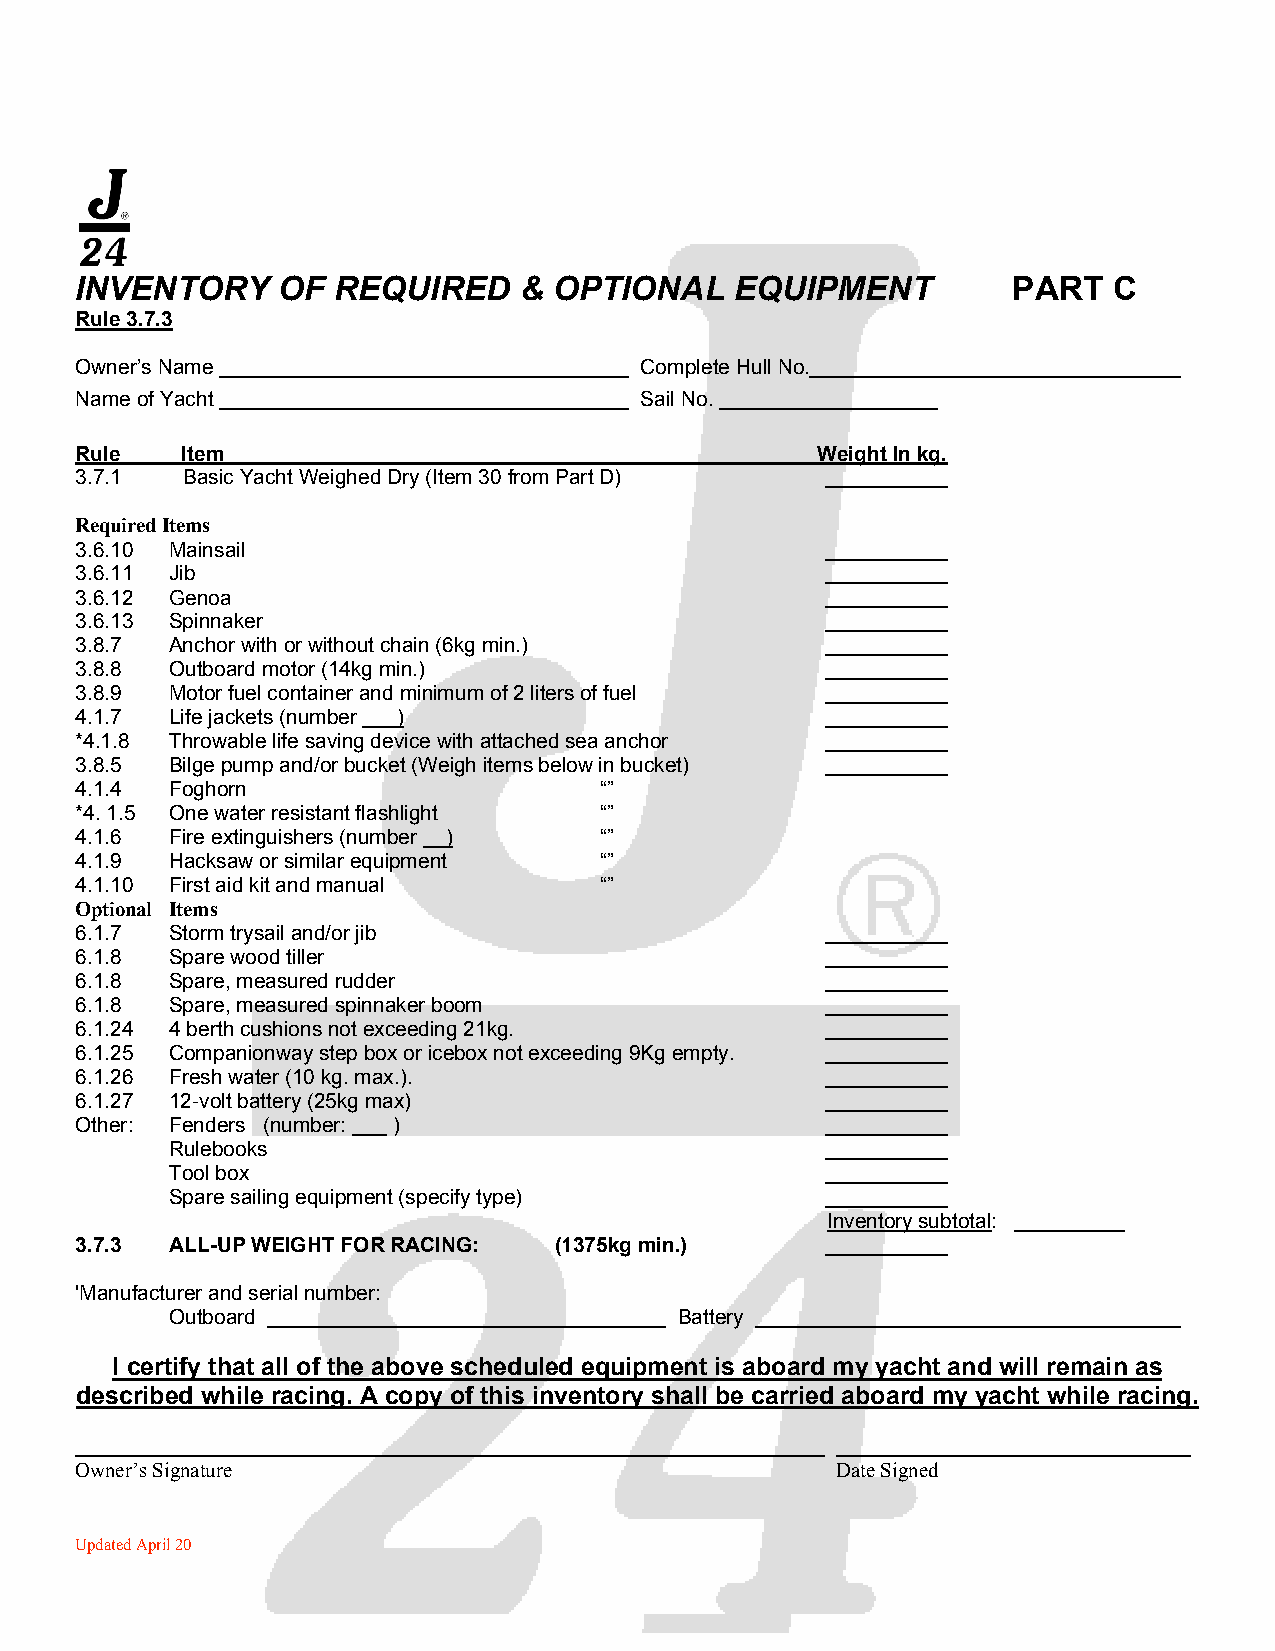
INVENTORY    OF  REQUIRED    &  OPTIONAL    EQUIPMENT         PART   C
 Rule 3.7.3
 Owner’s Name                         Complete Hull No.
 Name of Yacht                        Sail No.
 Rule   Item                                      Weight In kg.
 3.7.1  Basic Yacht Weighed Dry (Item 30 from Part D)
 Required Items
 3.6.10 Mainsail
 3.6.11 Jib
 3.6.12 Genoa
 3.6.13 Spinnaker
 3.8.7 Anchor with or without chain (6kg min.)
 3.8.8 Outboard motor (14kg min.)
 3.8.9 Motor fuel container and minimum of 2 liters of fuel
 4.1.7 Life jackets (number )
 *4.1.8 Throwable life saving device with attached sea anchor
 3.8.5 Bilge pump and/or bucket (Weigh items below in bucket)
 4.1.4 Foghorn                      “”
 *4. 1.5 One water resistant flashlight “”
 4.1.6 Fire extinguishers (number ) “”
 4.1.9 Hacksaw or similar equipment “”
 4.1.10 First aid kit and manual    “”
 Optional Items
 6.1.7 Storm trysail and/or jib
 6.1.8 Spare wood tiller
 6.1.8 Spare, measured rudder
 6.1.8 Spare, measured spinnaker boom
 6.1.24 4 berth cushions not exceeding 21kg.
 6.1.25 Companionway step box or icebox not exceeding 9Kg empty.
 6.1.26 Fresh water (10 kg. max.).
 6.1.27 12-volt battery (25kg max)
 Other: Fenders (number: )
 Rulebooks
 Tool box
 Spare sailing equipment (specify type)
 Inventory subtotal:
 3.7.3 ALL-UP WEIGHT FOR RACING: (1375kg min.)
 'Manufacturer and serial number:
 Outboard                          Battery
 I certify that all of the above scheduled equipment is aboard my yacht and will remain as
 described while racing. A copy of this inventory shall be carried aboard my yacht while racing.
 Owner’s Signature                                 Date Signed
 Updated April 2001
 55